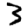
Digit: 3